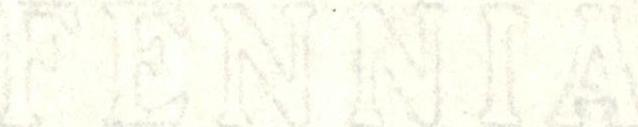
FENNIA